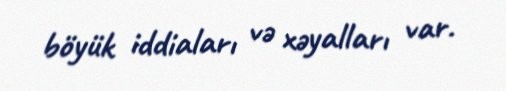
böyük iddiaları və xəyalları var.